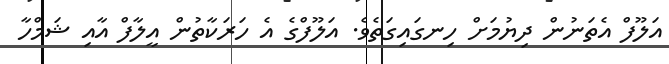
އަލޫފް އެތަނުން ދިޔުމަށް ހިނގައިގަތެވެ. އަލޫފްގެ އެ ހަރަކާތުން އީލާފް އާއި ޝަމްހާ